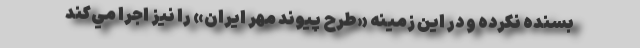
بسنده نکرده و در این زمینه «طرح پيوند مهر ايران» را نيز اجرا مي‌کند